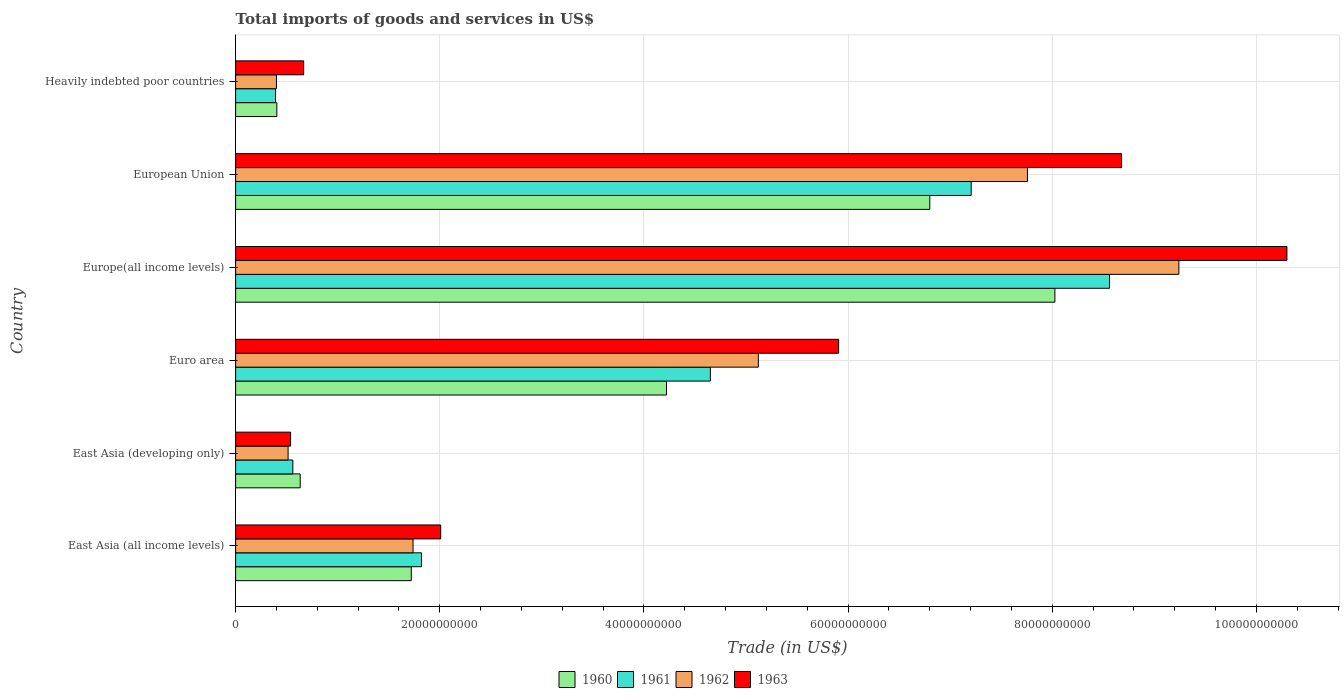
| Country | 1960 | 1961 | 1962 | 1963 |
 | --- | --- | --- | --- | --- |
 | East Asia (all income levels) | 1.72e+10 | 1.82e+10 | 1.74e+10 | 2.01e+10 |
 | East Asia (developing only) | 6.33e+09 | 5.6e+09 | 5.14e+09 | 5.39e+09 |
 | Euro area | 4.22e+10 | 4.65e+10 | 5.12e+10 | 5.91e+10 |
 | Europe(all income levels) | 8.03e+10 | 8.56e+10 | 9.24e+10 | 1.03e+11 |
 | European Union | 6.8e+10 | 7.21e+10 | 7.76e+10 | 8.68e+10 |
 | Heavily indebted poor countries | 4.04e+09 | 3.91e+09 | 4e+09 | 6.67e+09 |